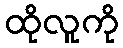
ထိုလူကို